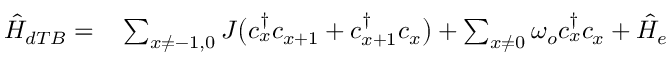
\begin{array} { r l } { \hat { H } _ { d T B } = } & { { } \sum _ { x \ne - 1 , 0 } J \big ( c _ { x } ^ { \dagger } c _ { x + 1 } + c _ { x + 1 } ^ { \dagger } c _ { x } \big ) + \sum _ { x \ne 0 } \omega _ { o } c _ { x } ^ { \dagger } c _ { x } + \hat { H } _ { e } } \end{array}